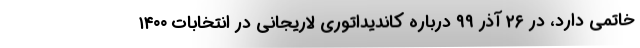
خاتمی دارد، در ۲۶ آذر ۹۹ درباره کاندیداتوری لاریجانی در انتخابات ۱۴۰۰